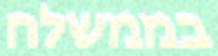
בממשלה